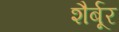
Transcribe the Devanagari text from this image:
शैर्बूर